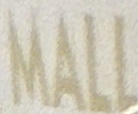
MALL